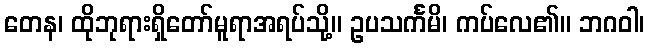
တေန၊ ထိုဘုရားရှိတော်မူရာအရပ်သို့။ ဥပသင်္ကမိ၊ ကပ်လေ၏။ ဘဂဝါ၊